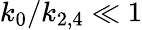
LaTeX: k_{0}/k_{2,4}\ll 1